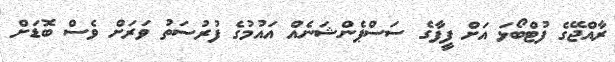
ރާއްޖޭގެ ފުޓްބޯޅަ އަށް ފީފާގެ ސަސްޕެންޝަނެއް އައުމުގެ ފުރުސަތު ވަރަށް ވެސް ބޮޑަށް